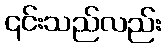
၎င်းသည်လည်း